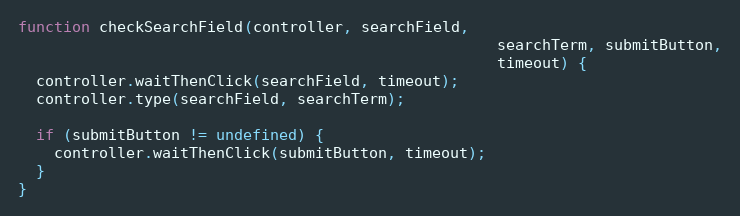
Language: JavaScript
function checkSearchField(controller, searchField,
                                                     searchTerm, submitButton,
                                                     timeout) {
  controller.waitThenClick(searchField, timeout);
  controller.type(searchField, searchTerm);

  if (submitButton != undefined) {
    controller.waitThenClick(submitButton, timeout);
  }
}